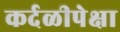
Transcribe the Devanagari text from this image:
कर्दळीपेक्षा